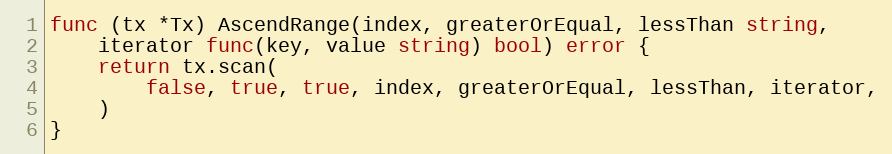
Language: Go
func (tx *Tx) AscendRange(index, greaterOrEqual, lessThan string,
	iterator func(key, value string) bool) error {
	return tx.scan(
		false, true, true, index, greaterOrEqual, lessThan, iterator,
	)
}